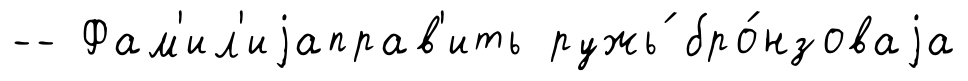
-- Фам'ил'иjаправ'ить ружь́ бро́нзоваjа